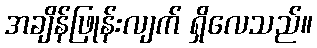
အချိန်ဖြုန်းလျက် ရှိလေသည်။